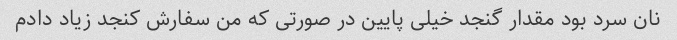
نان سرد بود مقدار گنجد خیلی پایین در صورتی که من سفارش کنجد زیاد دادم